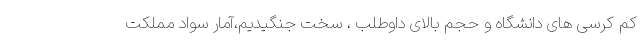
کم کرسی های دانشگاه و حجم بالای داوطلب ، سخت جنگیدیم،آمار سواد مملکت